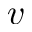
v